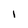
Character: I